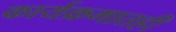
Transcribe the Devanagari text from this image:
कार्यक्रमातही